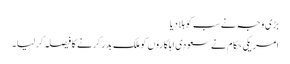
بڑی وجہ نے سب کو ہلا دیا
امریکی حکام نے سعودی اہلکاروں کو ملک بدر کرنے کا فیصلہ کرلیا۔